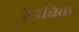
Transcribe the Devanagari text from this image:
रेडब्रिक